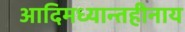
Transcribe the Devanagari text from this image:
आदिमध्यान्तहीनाय